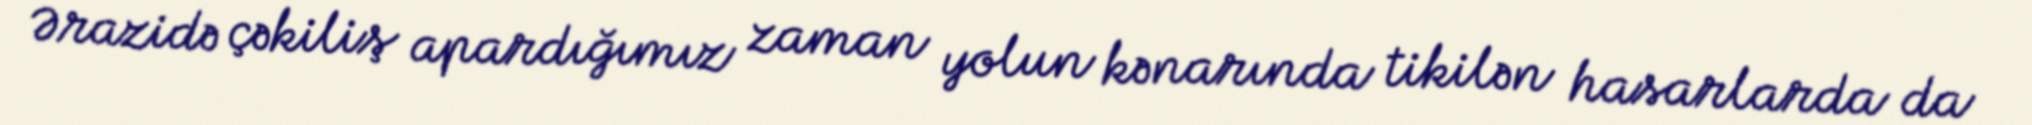
Ərazidə çəkiliş apardığımız zaman yolun kənarında tikilən hasarlarda da